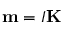
\mathbf { m } = I \mathbf { K }